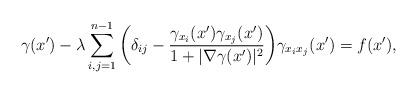
LaTeX: \begin{align*}\gamma(x^{\prime})-\lambda \sum_{i,j=1}^{n-1}\bigg(\delta_{ij}-\frac{ \gamma_{x_i}(x^{\prime})\gamma_{x_j}(x^{\prime})}{1+|\nabla \gamma(x^{\prime})|^2}\bigg) \gamma_{x_ix_j}(x^{\prime})=f(x^{\prime}),\end{align*}